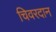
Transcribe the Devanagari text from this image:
चिवरदान